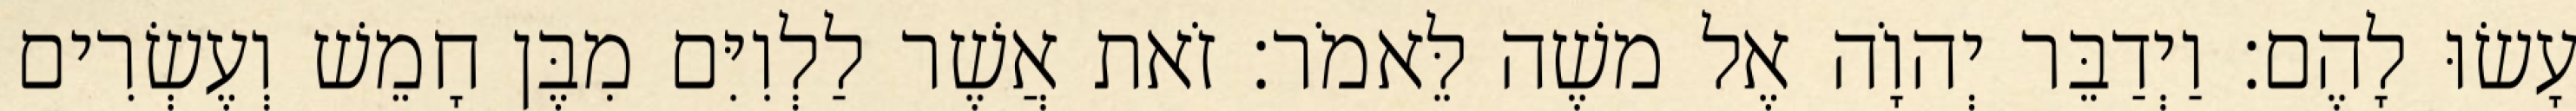
עָשׂוּ לָהֶם׃ וַיְדַבֵּר יְהוָֹה אֶל משֶׁה לֵּאמֹר׃ זֹאת אֲשֶׁר לַלְוִיִּם מִבֶּן חָמֵשׁ וְעֶשְׂרִים